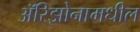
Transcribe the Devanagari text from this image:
ॲरिझोनामधील